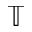
\mathbb { T }